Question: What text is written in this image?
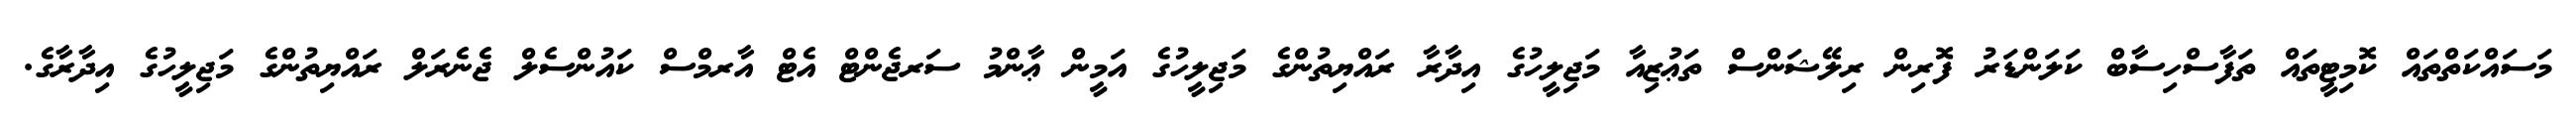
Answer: މަސައްކަތްތައް ކޮމިޓީތައް ތަފާސްހިސާބް ކަލަންޑަރު ފޮރިން ރިލޭޝަންސް ތަޢުޒިއާ މަޖިލީހުގެ އިދާރާ ރައްޔިތުންގެ މަޖިލީހުގެ އަމީން ޢާންމު ސަރޖެންޓް އެޓް އާރމްސް ކައުންސެލް ޖެނެރަލް ރައްޔިތުންގެ މަޖިލީހުގެ އިދާރާގެ.